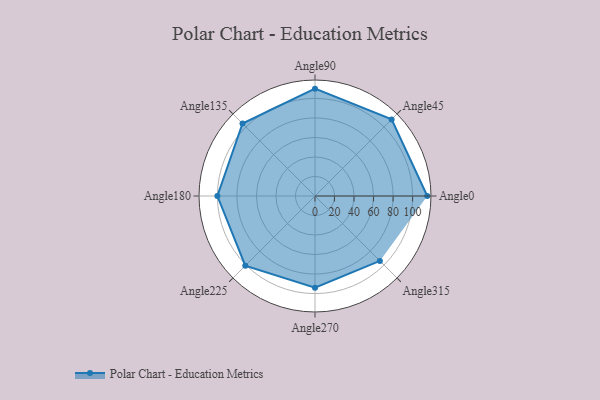
{"axis": {"x": "Angle", "y": "Radius"}, "legend": [""], "data": [{"x": "Angle0", "y": 115.0, "type": ""}, {"x": "Angle45", "y": 111.0, "type": ""}, {"x": "Angle90", "y": 110.0, "type": ""}, {"x": "Angle135", "y": 105.0, "type": ""}, {"x": "Angle180", "y": 100.0, "type": ""}, {"x": "Angle225", "y": 101.0, "type": ""}, {"x": "Angle270", "y": 94.0, "type": ""}, {"x": "Angle315", "y": 94.0, "type": ""}]}